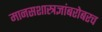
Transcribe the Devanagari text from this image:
मानसशास्त्रज्ञांबरोबरच